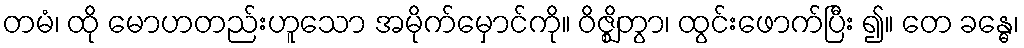
တမံ၊ ထို မောဟတည်းဟူသော အမိုက်မှောင်ကို။ ဝိဇ္ဈိတွာ၊ ထွင်းဖောက်ပြီး ၍။ တေ ခန္ဓေ၊